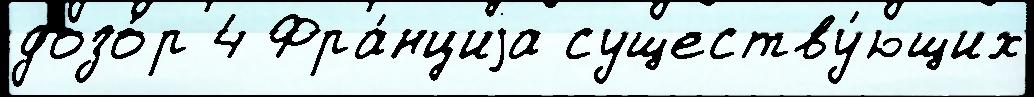
дозо́р 4 Фра́нциjа существу́ющих